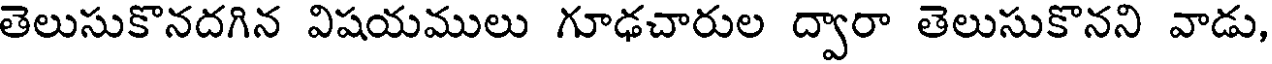
తెలుసుకొనదగిన విషయములు గూఢచారుల ద్వారా తెలుసుకొనని వాడు,